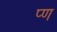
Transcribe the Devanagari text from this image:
प्ण